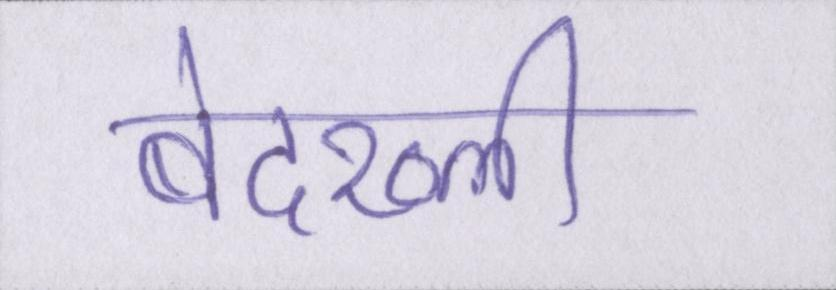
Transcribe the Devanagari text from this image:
बेदख्ली